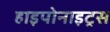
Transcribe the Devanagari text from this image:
हाइपोनाइट्रस